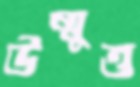
উন্মুত্ত